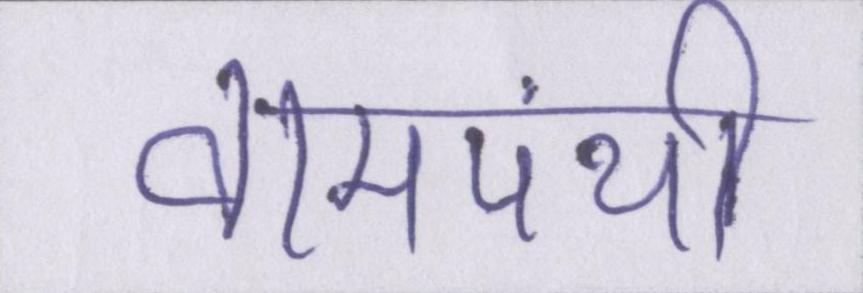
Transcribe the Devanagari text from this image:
वामपंथी